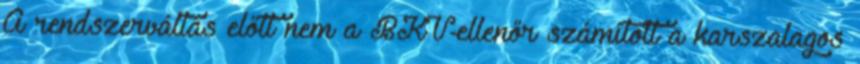
A rendszerváltás előtt nem a BKV-ellenőr számított a karszalagos